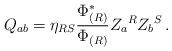
LaTeX: \begin{align*}Q_{ab} = \eta_{RS}{\Phi^*_{(R)}\over \Phi_{(R)}}Z_a{}^R Z_b{}^S\,.\end{align*}